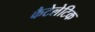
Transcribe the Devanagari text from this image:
कैटेलेटिक